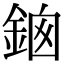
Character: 𨦱